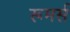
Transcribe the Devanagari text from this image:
रूमर्स